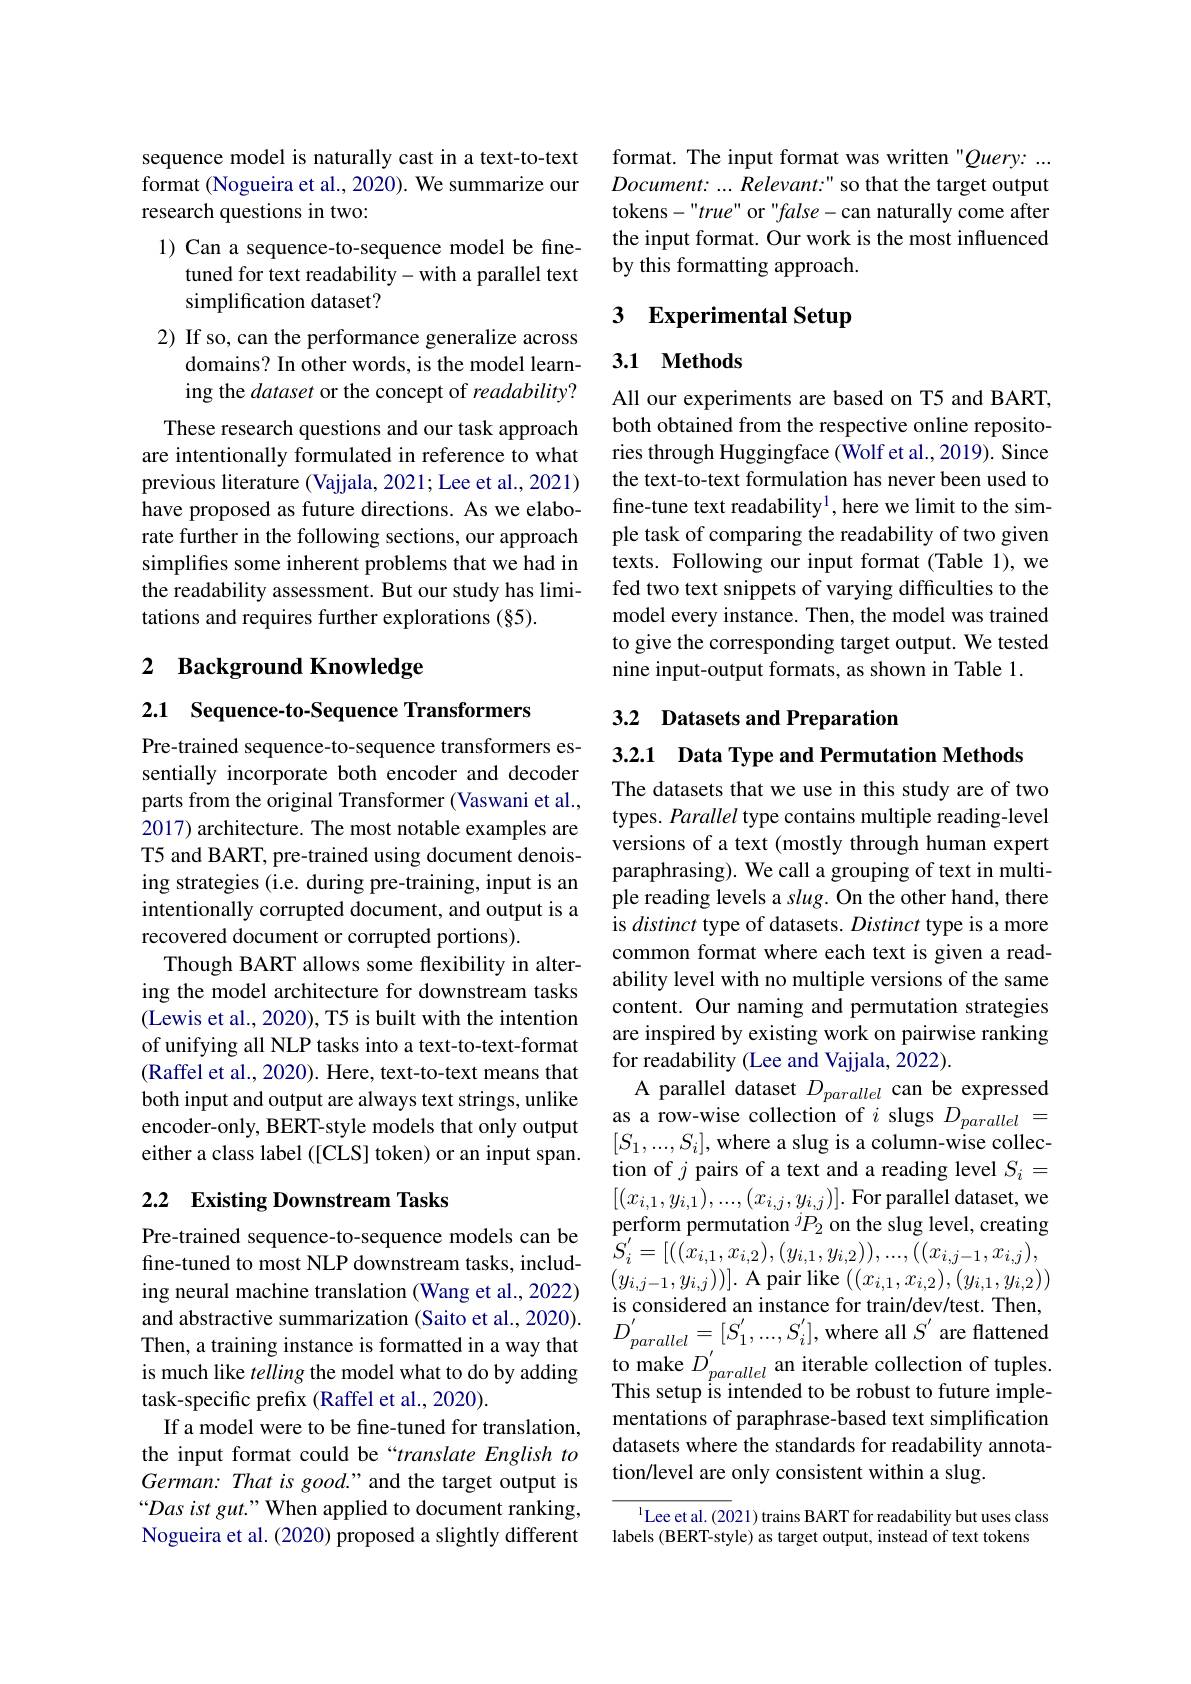
sequence model is naturally cast in a text-to-text format (Nogueira et al., 2020). We summarize our research questions in two:
1) Can a sequence-to-sequence model be fine-
tuned for text readability-with a parallel text
simplification dataset?
2) If so, can the performance generalize across
domains? In other words, is the model learning the dataset or the concept of readability? These research questions and our task approach
are intentionally formulated in reference to what previous literature (Vajjala, 2021; Lee et al., 2021) have proposed as future directions. As we elaborate further in the following sections, our approach simplifes some inherent problems that we had in the readability assessment. But our study has limitations and requires further explorations (§5).

## 2 Background Knowledge

2.1 Sequence-to-Sequence Transformers

Pre-trained sequence-to-sequence transformers essentially incorporate both encoder and decoder parts from the original Transformer (Vaswani et al., 2017) architecture. The most notable examples are T5 and BART, pre-trained using document denoising strategies (i.e. during pre-training, input is an intentionally corrupted document, and output is a recovered document or corrupted portions).
Though BART allows some flexibility in altering the model architecture for downstream tasks (Lewis et al., 2020), T5 is built with the intention of unifying all NLP tasks into a text-to-text-format (Raffel et al., 2020). Here, text-to-text means that both input and output are always text strings, unlike encoder-only, BERT-style models that only output either a class label ([CLS] token) or an input span.

## 2.2 Existing Downstream Tasks

Pre-trained sequence-to-sequence models can be fine-tuned to most NLP downstream tasks, including neural machine translation (Wang et al., 2022) and abstractive summarization (Saito et al., 2020). Then, a training instance is formatted in a way that is much like telling the model what to do by adding task-specific prefix (Raffel et al., 2020).
If a model were to be fine-tuned for translation, the input format could be“translate English to German: That is good." and the target output is “Das ist gut." When applied to document ranking, Nogueira et al. (2020) proposed a slightly different

format. The input format was written "Query: ... Document: ...Relevant:" so that the target output tokens-"true" or"false-can naturally come after the input format. Our work is the most influenced by this formatting approach.

## 3 Experimental Setup

## 3.1 Methods

All our experiments are based on T5 and BART, both obtained from the respective online repositories through Huggingface (Wolf et al., 2019). Since the text-to-text formulation has never been used to fine-tune text readability$^1$,here we limit to the simple task of comparing the readability of two given texts. Following our input format (Table 1), we fed two text snippets of varying difficulties to the model every instance. Then, the model was trained to give the corresponding target output. We tested nine input-output formats, as shown in Table 1.

# 3.2 Datasets and Preparation

### 3.2.1 Data Type and Permutation Methods

The datasets that we use in this study are of two types. Parallel type contains multiple reading-level versions of a text (mostly through human expert paraphrasing). We call a grouping of text in multiple reading levels a slug. On the other hand, there is distinct type of datasets. Distinct type is a more common format where each text is given a readability level with no multiple versions of the same content. Our naming and permutation strategies are inspired by existing work on pairwise ranking for readability (Lee and Vajjala, 2022).
A parallel dataset $D_{parallel}$ can be expressed as a row-wise collection of $i$ slugs $D_parallel$ $[S_1,...,S_i]$, where a slug is a column-wise collection of $j$ pairs of a text and a reading level $S_i=$ $[(x_{i,1},y_{i,1}),...,(x_{i,j},y_{i,j})].$For parallel dataset, we perform permutation $^jP_2$ on the slug level, creating $\overline{S}_{i}^{\prime}=[((x_{i,1},x_{i,2}),(y_{i,1},y_{i,2})),...,\bar{(}(x_{i,j-1},x_{i,j})$, $(y_{i,j-1},y_{i,j}))].$ A pair like $((x_i,1,x_{i,2}),(y_{i,1},y_{i,2}))$ is considered an instance for train/dev/test. Then, $D_{parallel}^{'}=[S_{1}^{'},...,S_{i}^{'}]$,where all $S^{'}$ are flattened to make $D_parallel$ an iterable collection of tuples. This setup is intended to be robust to future implementations of paraphrase-based text simplification datasets where the standards for readability annotation/level are only consistent within a slug.
$^{1}$Lee et al.(2021) trains BART for readability but uses class

labels (BERT-style) as target output, instead of text tokens